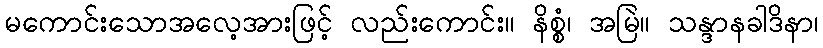
မကောင်းသောအလေ့အားဖြင့် လည်းကောင်း။ နိစ္စံ၊ အမြဲ။ သန္ဒာနခါဒိနာ၊